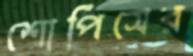
শোপিসের